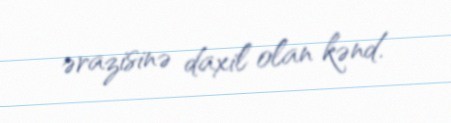
ərazisinə daxil olan kənd.